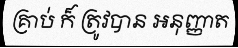
គ្រាប់ ក៏ ត្រូវបាន អនុញ្ញាត